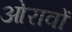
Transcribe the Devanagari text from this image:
ओरावों